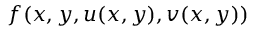
f ( x , y , u ( x , y ) , v ( x , y ) )